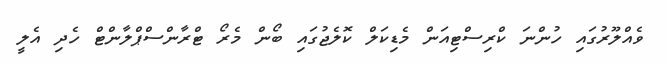
ވެއްލޫރުގައި ހުންނަ ކްރިސްޓިއަން މެޑިކަލް ކޮލެޖުގައި ބޯން މެރޯ ޓްރާންސްޕްލާންޓް ހެދި އެލީ